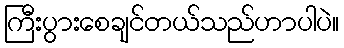
ကြီးပွားစေချင်တယ်သည်ဟာပါပဲ။